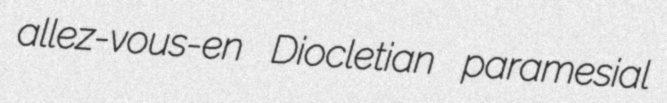
allez-vous-en Diocletian paramesial